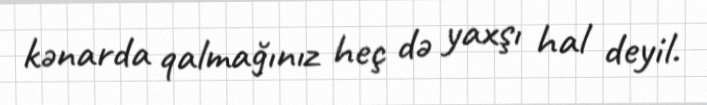
kənarda qalmağınız heç də yaxşı hal deyil.